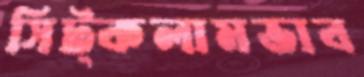
সিট্‌কলামভাব